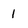
Character: 1